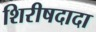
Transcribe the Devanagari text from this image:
शिरीषदादा